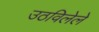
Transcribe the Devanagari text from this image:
उठविलेले